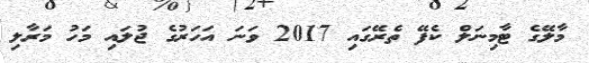
މާލޭގެ ޓާމިނަލް ކެފޭ ތެރޭގައި 2017 ވަނަ އަހަރުގެ ޖުލައި މަހު މަރާލި